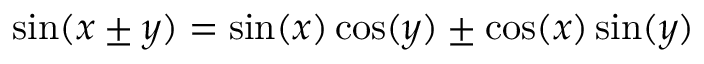
\sin ( x \pm y ) = \sin ( x ) \cos ( y ) \pm \cos ( x ) \sin ( y )